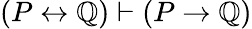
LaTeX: (P\leftrightarrow\mathbb{Q})\vdash(P\to\mathbb{Q})